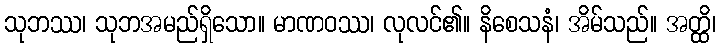
သုဘဿ၊ သုဘအမည်ရှိသော။ မာဏဝဿ၊ လုလင်၏။ နိစေသနံ၊ အိမ်သည်။ အတ္ထိ၊